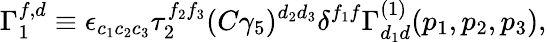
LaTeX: \Gamma_{1}^{f,d}\equiv\epsilon_{c_{1}c_{2}c_{3}}\tau_{2}^{f_{2}f_{3}}(C\gamma_{5})^{d_{2}d_{3}}\delta^{f_{1}f}{\Gamma}_{d_{1}d}^{(1)}(p_{1},p_{2},p_{3}),